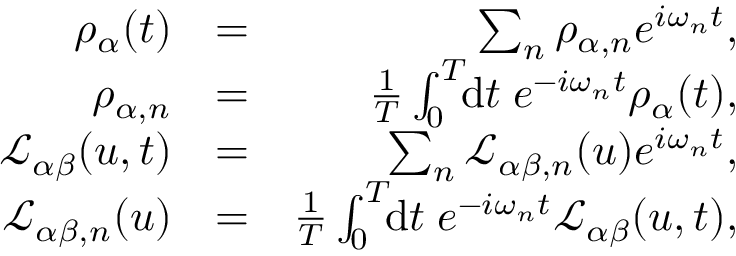
\begin{array} { r l r } { \rho _ { \alpha } ( t ) } & { = } & { \sum _ { n } \rho _ { \alpha , n } e ^ { i \omega _ { n } t } , } \\ { \rho _ { \alpha , n } } & { = } & { \frac { 1 } { T } \int _ { 0 } ^ { T } \! \! \mathrm { d } t \; e ^ { - i \omega _ { n } t } \rho _ { \alpha } ( t ) , } \\ { \mathcal { L } _ { \alpha \beta } ( u , t ) } & { = } & { \sum _ { n } \mathcal { L } _ { \alpha \beta , n } ( u ) e ^ { i \omega _ { n } t } , } \\ { \mathcal { L } _ { \alpha \beta , n } ( u ) } & { = } & { \frac { 1 } { T } \int _ { 0 } ^ { T } \! \! \mathrm { d } t \; e ^ { - i \omega _ { n } t } \mathcal { L } _ { \alpha \beta } ( u , t ) , } \end{array}